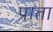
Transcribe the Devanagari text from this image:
प्राता